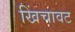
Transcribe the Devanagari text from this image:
खिंचावट